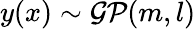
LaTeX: y(x)\sim{\mathcal{GP}}(m,l)